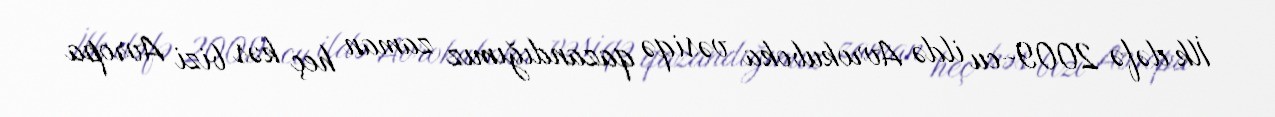
İlk dəfə 2009-cu ildə Avrokuboka vəsiqə qazandığımız zaman heç kəs bizi Avropa